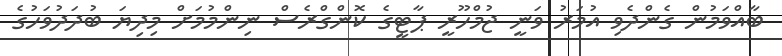
ބާއްވަމުން ގެންދެވި އުމަރު ވަނީ ޖުމްހޫރީ ޕާޓީގެ ކޮންގްރެސް ނިންމުމަށް މިދިޔަ ބުދަދުވަހުގެ